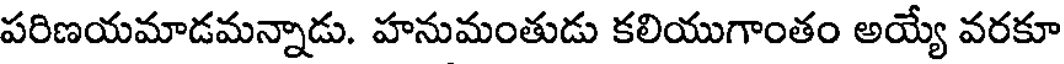
పరిణయమాడమన్నాడు. హనుమంతుడు కలియుగాంతం అయ్యే వరకూ